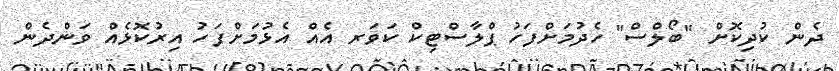
ދެން ކުދިކޮށް "ބޯލްސް" ހެދުމަށްފަހު ޕްލާސްޓިކް ކަވަރ އެއް އެޅުމަށްފަހު އިރުކޮޅެއް ވަންދެން